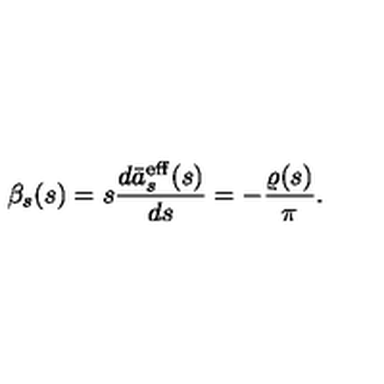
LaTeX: \beta _ { s } ( s ) = s \frac { d \bar { a } _ { s } ^ { \mathrm { e f f } } ( s ) } { d s } = - \frac { \varrho ( s ) } { \pi } .